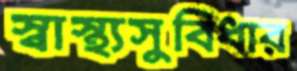
স্বাস্থ্যসুবিধার